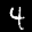
Label: 4